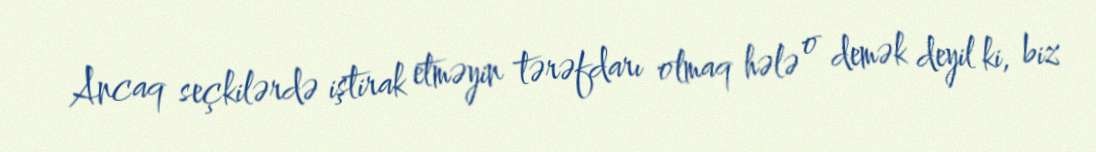
Ancaq seçkilərdə iştirak etməyin tərəfdarı olmaq hələ o demək deyil ki, biz